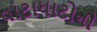
વાટાધાટોનો